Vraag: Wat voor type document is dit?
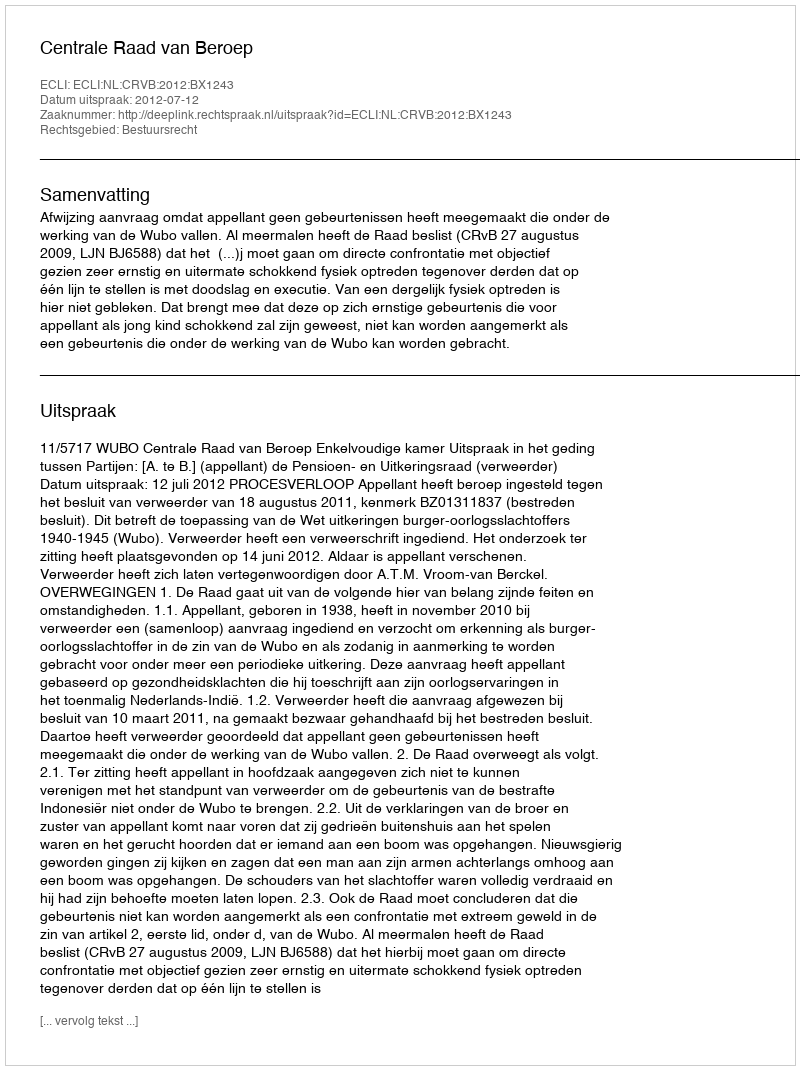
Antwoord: Uitspraak